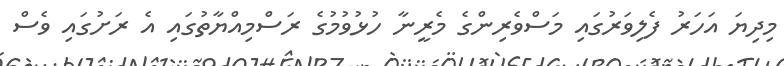
މިދިޔަ އަހަރު ފެލިވަރުގައި މަސްވެރިންގެ މެރީނާ ހުޅުވުމުގެ ރަސްމިއްޔާތުގައި އެ ރަށުގައި ވެސް